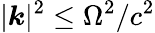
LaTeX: |{\boldsymbol{k}}|^{2}\leq\Omega^{2}/c^{2}